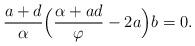
LaTeX: \begin{align*} \frac{a+d}{\alpha}\Big(\frac{\alpha +ad}{\varphi}-2a\Big)b=0.\end{align*}